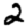
Digit: 2